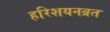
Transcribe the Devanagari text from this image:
हरिशयनव्रत